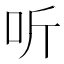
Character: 听